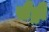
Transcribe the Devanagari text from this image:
सैंड्री